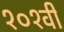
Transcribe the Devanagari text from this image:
१०१वी